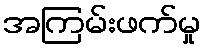
အကြမ်းဖက်မှု